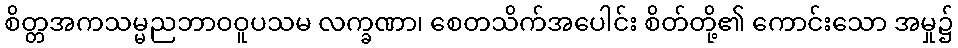
စိတ္တအကသမ္မညဘာဝဝူပသမ လက္ခဏာ၊ စေတသိက်အပေါင်း စိတ်တို့၏ ကောင်းသော အမှု၌